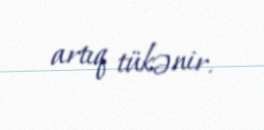
artıq tükənir.